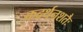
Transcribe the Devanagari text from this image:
कदर्थनशतैः